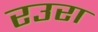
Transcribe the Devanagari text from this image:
रउरा